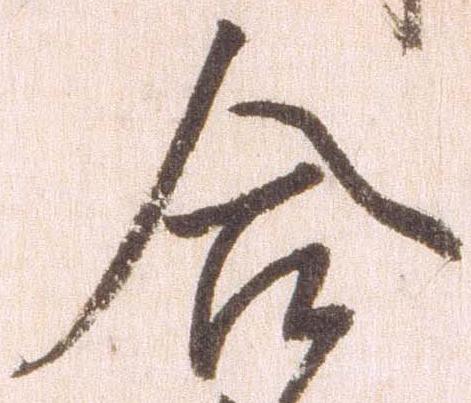
合